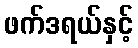
ဖက်ဒရယ်နှင့်